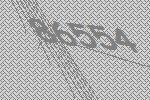
86554